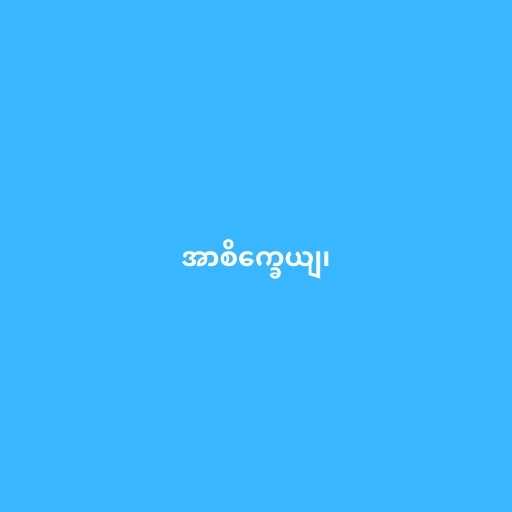
အာစိက္ခေယျ၊